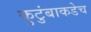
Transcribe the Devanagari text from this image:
कुटुंबाकडेच